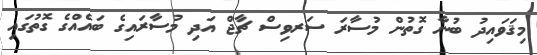
މިޤަވައިދު ބުނާ ގޮތުން މުސާރަ ސަރވިސް ޗާޖް އަދި މުސާރައިގެ ބައެއްގެ ގޮތުގައި